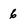
Character: 6